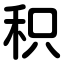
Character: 积